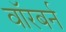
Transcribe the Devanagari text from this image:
वॉरबर्न